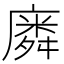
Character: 𭙸